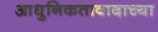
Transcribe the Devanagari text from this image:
आधुनिकतावादाच्या